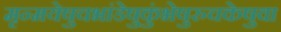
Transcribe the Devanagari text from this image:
मृन्मयेषुचभांडेषुकुंभेषुरुचकेषुवा